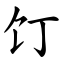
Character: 饤